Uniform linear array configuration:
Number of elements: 8
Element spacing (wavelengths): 0.5
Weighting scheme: uniform
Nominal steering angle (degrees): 15
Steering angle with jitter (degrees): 16.487
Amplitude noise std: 0.05
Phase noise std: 0.05

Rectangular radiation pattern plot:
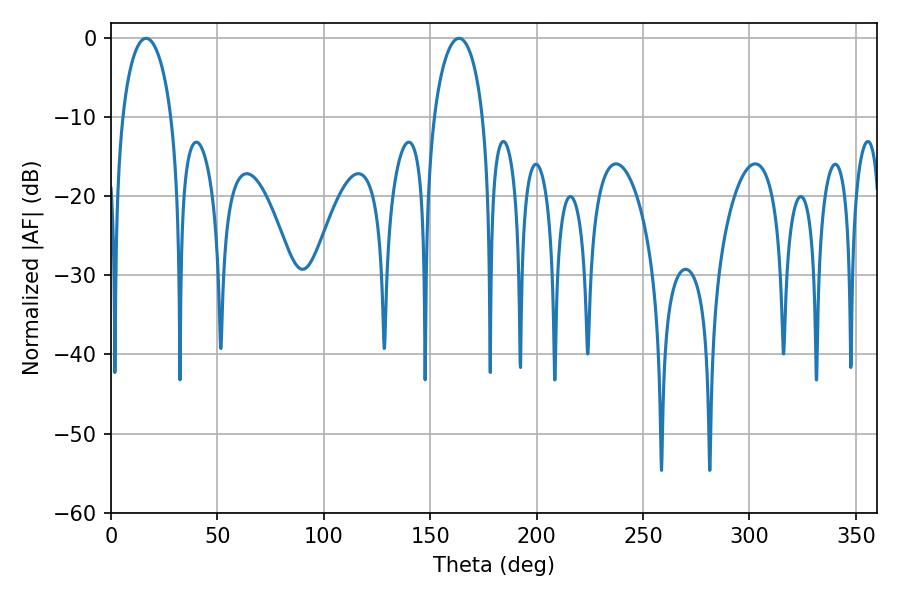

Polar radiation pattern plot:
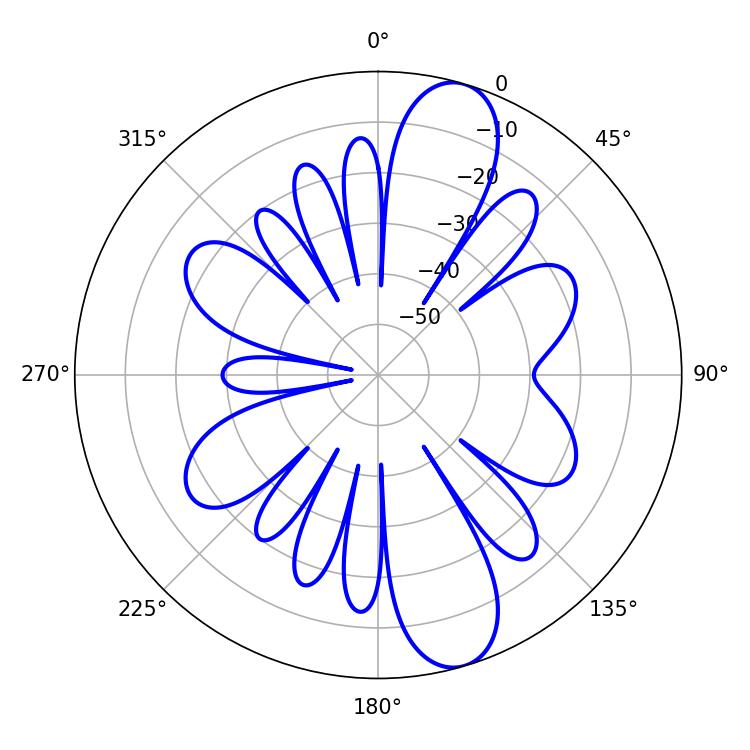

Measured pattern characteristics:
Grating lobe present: FALSE
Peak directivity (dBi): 11.526
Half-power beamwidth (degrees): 13.32
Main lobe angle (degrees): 16.56